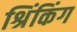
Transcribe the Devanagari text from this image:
श्रिंकिंग